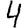
Digit: 4